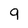
Character: 9